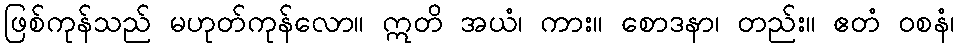
ဖြစ်ကုန်သည် မဟုတ်ကုန်လော။ ဣတိ အယံ၊ ကား။ စောဒနာ၊ တည်း။ ဧတံ ဝစနံ၊